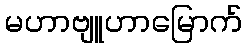
မဟာဗျူဟာမြောက်